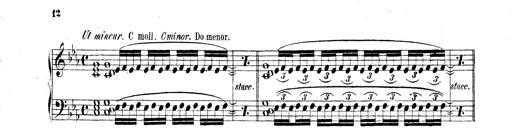
Title: Technische Studien
Composer: Franz Liszt